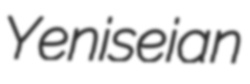
Yeniseian